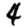
Digit: 4